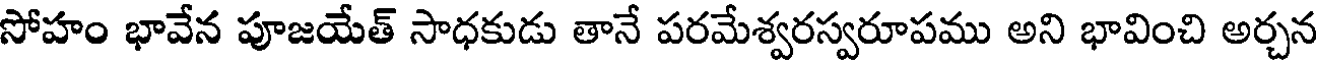
సోహం భావేన పూజయేత్ సాధకుడు తానే పరమేశ్వరస్వరూపము అని భావించి అర్చన